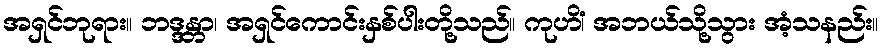
အရှင်ဘုရား။ ဘဒ္ဒန္တာ၊ အရှင်ကောင်းနှစ်ပါးတို့သည်။ ကုဟိံ၊ အဘယ်သို့သွား အံ့သနည်း။